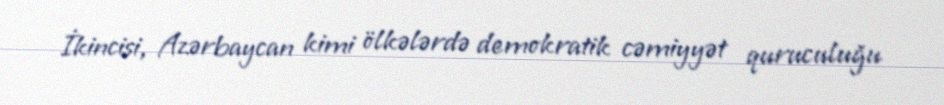
İkincisi, Azərbaycan kimi ölkələrdə demokratik cəmiyyət quruculuğu